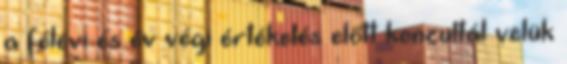
a félévi és év végi értékelés előtt konzultál velük